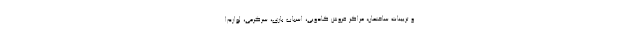
و تزیینات ساختمان، مراکز فروش کادویی، اسباب بازی، سرگرمی، لوازم‌ا